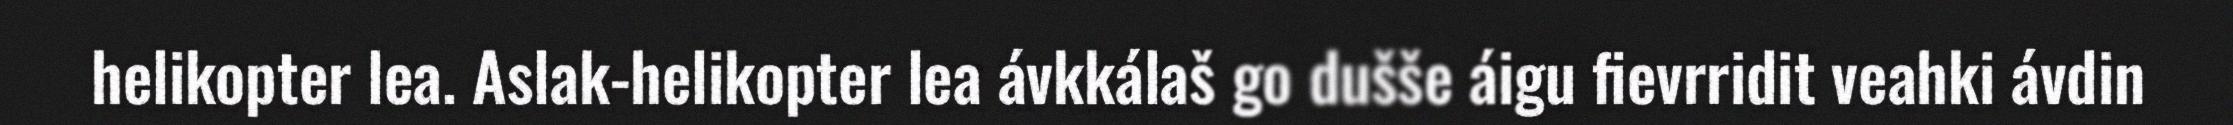
helikopter lea. Aslak-helikopter lea ávkkálaš go dušše áigu fievrridit veahki ávdin